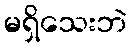
မရှိသေးဘဲ